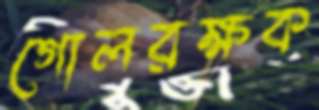
গোলরক্ষক